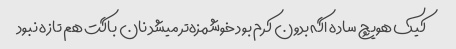
کیک هویچ ساده اگه بدون کرم بود خوشمزه‌تر میشد نان باگت هم تازه نبود